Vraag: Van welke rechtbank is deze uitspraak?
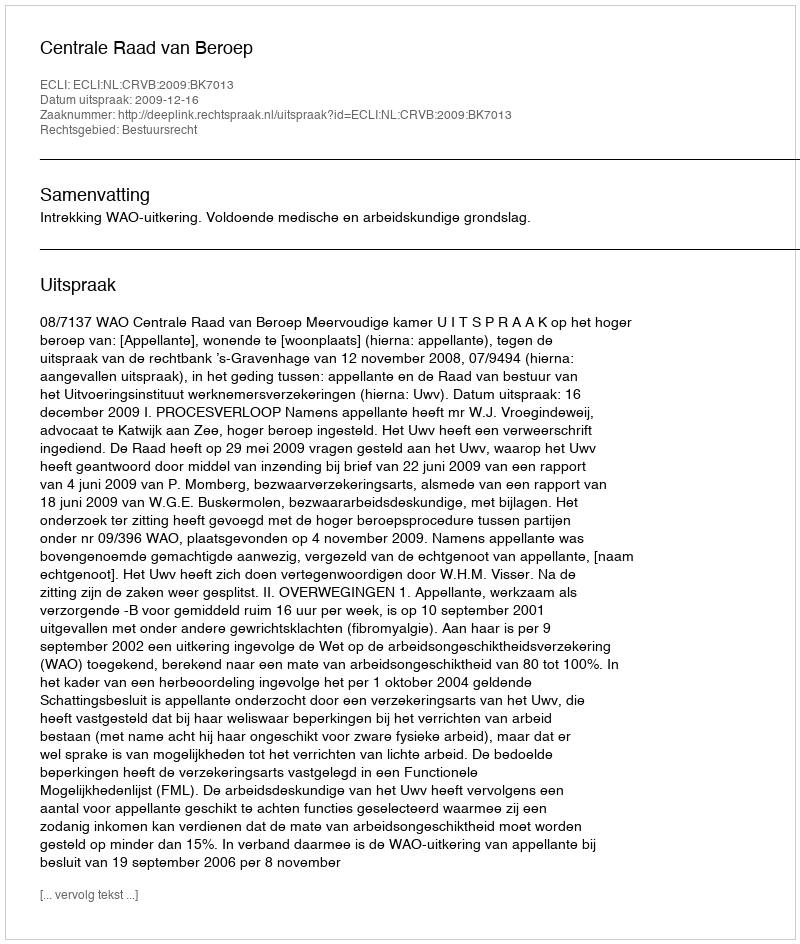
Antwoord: Centrale Raad van Beroep